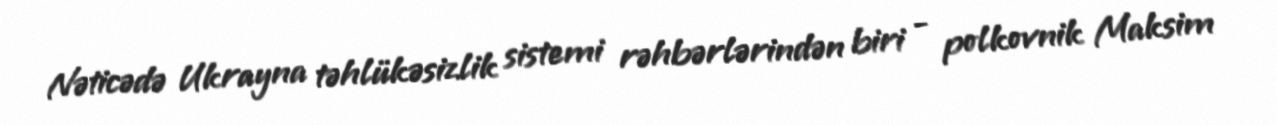
Nəticədə Ukrayna təhlükəsizlik sistemi rəhbərlərindən biri - polkovnik Maksim